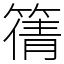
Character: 篟